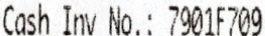
CASH INV NO.: 7901F709